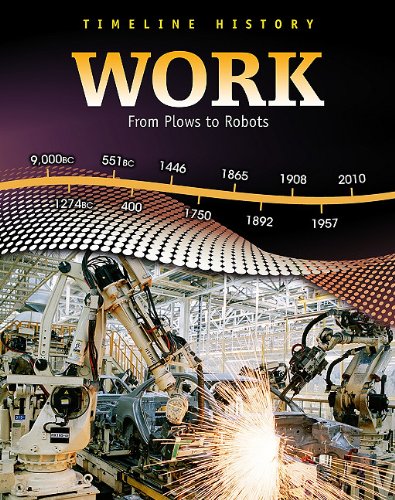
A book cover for Work: From Plows to Robots (Timeline History); Elizabeth Raum; Children's Books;